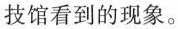
技馆看到的现象。